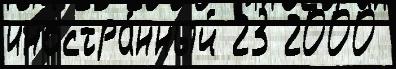
иностра́нный 23 2000